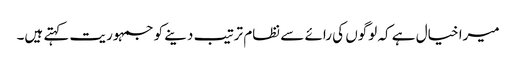
میرا خیال ہے کہ لوگوں کی رائے سے نظام ترتیب دینے کو جمہوریت کہتے ہیں۔